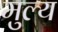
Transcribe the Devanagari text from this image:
मुल्‍य